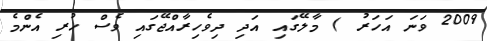
2009 ވަނަ އަހަރު ) މާލޭގައި އަދި ދިވެހިރާއްޖޭގައި ވެސް ހުރި އެންމެ